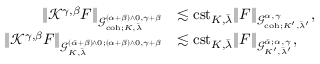
\begin{array} { r l } { \| { \mathcal K } ^ { \gamma , \beta } F \| _ { \mathcal { G } _ { \mathrm { c o h } ; K , \bar { \lambda } } ^ { ( \alpha + \beta ) \wedge 0 , \gamma + \beta } } } & { \lesssim \mathrm { c s t } _ { K , \bar { \lambda } } \| F \| _ { \mathcal { G } _ { \mathrm { c o h } ; K ^ { \prime } , \bar { \lambda } ^ { \prime } } ^ { \alpha , \gamma } } , } \\ { \| { \mathcal K } ^ { \gamma , \beta } F \| _ { \mathcal { G } _ { K , \bar { \lambda } } ^ { ( \bar { \alpha } + \beta ) \wedge 0 ; ( \alpha + \beta ) \wedge 0 , \gamma + \beta } } } & { \lesssim \mathrm { c s t } _ { K , \bar { \lambda } } \| F \| _ { \mathcal { G } _ { K ^ { \prime } , \bar { \lambda } ^ { \prime } } ^ { \bar { \alpha } ; \alpha , \gamma } } , } \end{array}